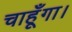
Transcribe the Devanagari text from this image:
चाहूँगा।